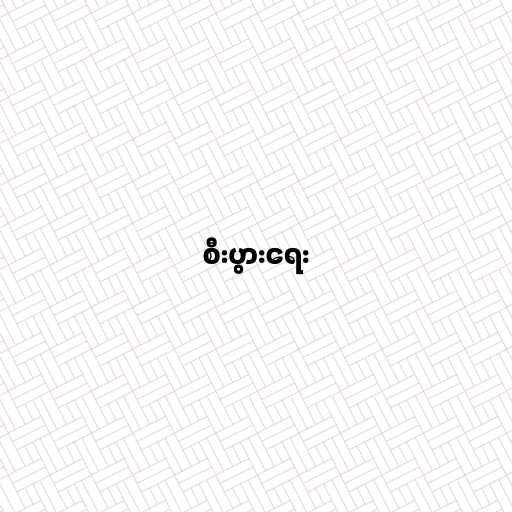
စီးပွားရေး